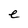
Character: e